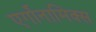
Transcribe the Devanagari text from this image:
एर्गोनामिक्स